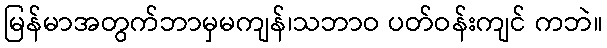
မြန်မာအတွက်ဘာမှမကျန်၊သဘာဝ ပတ်ဝန်းကျင် ကဘဲ။